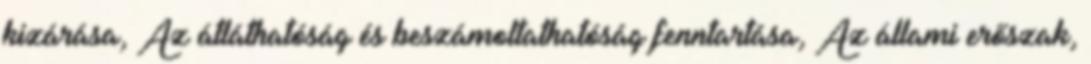
kizárása, Az átláthatóság és beszámoltathatóság fenntartása, Az állami erőszak,